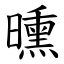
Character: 曛